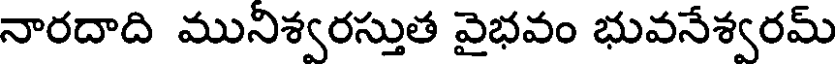
నారదాది మునిశ్వరస్తుత వైభవం భువనేశ్వరమ్